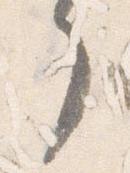
了